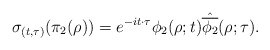
\begin{align*}\sigma_{(t,\tau)}(\pi_2(\rho))=e^{-it\cdot\tau}\phi_2(\rho;t)\hat{\overline{\phi_2}}(\rho; \tau).\end{align*}